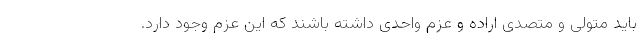
باید متولی و متصدی اراده و عزم واحدی داشته باشند که این عزم وجود دارد.